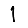
Digit: 1